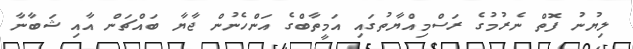
ލިޔުނު ފޮތް ނެރުމުގެ ރަސްމިއްޔާތުގައި އަމީތާބްގެ އަންހެނުން ޖާޔާ ބައްޗަން އާއި ޝަބާނާ